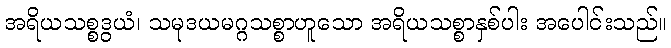
အရိယသစ္စဒွယံ၊ သမုဒယမဂ္ဂသစ္စာဟူသော အရိယသစ္စာနှစ်ပါး အပေါင်းသည်။